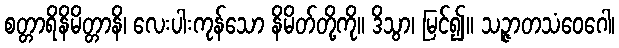
စတ္တာရိနိမိတ္တာနိ၊ လေးပါးကုန်သော နိမိတ်တို့ကို။ ဒိသွာ၊ မြင်၍။ သဉ္ဇာတသံဝေဂေါ၊